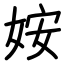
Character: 姲